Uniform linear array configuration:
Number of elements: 24
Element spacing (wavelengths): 0.75
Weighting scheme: uniform
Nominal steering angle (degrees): -15
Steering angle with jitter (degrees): -13.441
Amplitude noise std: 0.05
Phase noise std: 0.05

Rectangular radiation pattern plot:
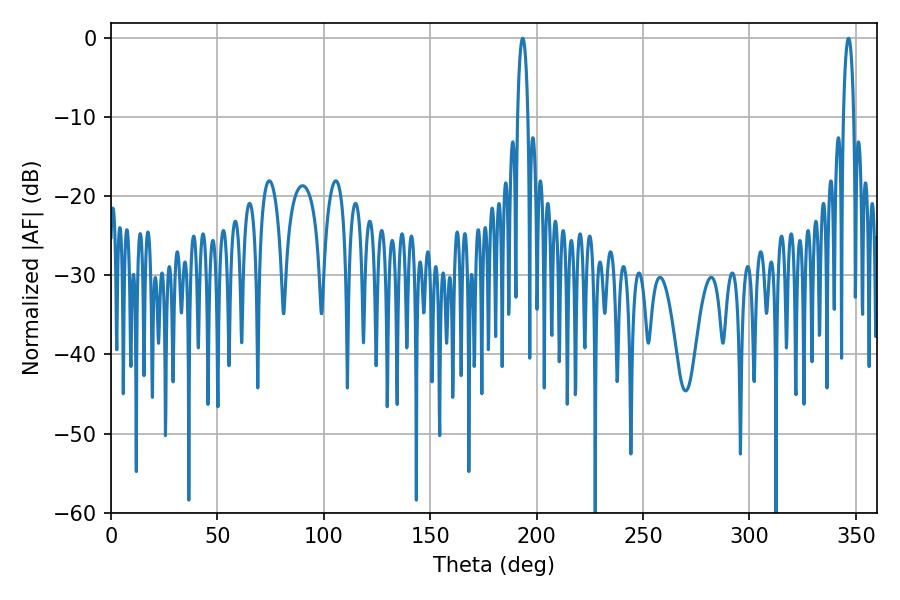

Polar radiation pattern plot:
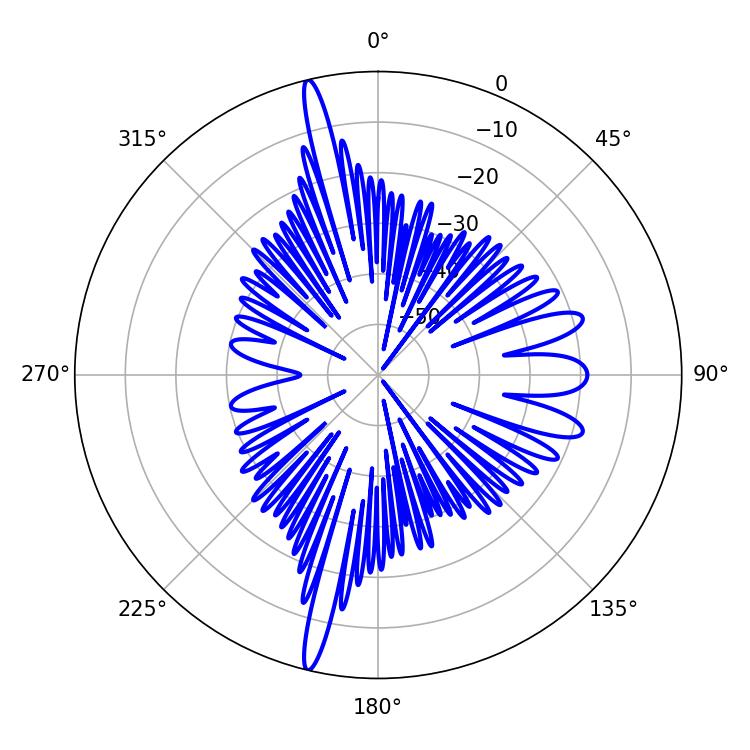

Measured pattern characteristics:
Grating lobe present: TRUE
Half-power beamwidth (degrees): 2.7
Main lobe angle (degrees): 346.5